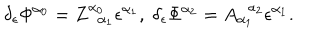
\delta _ { \epsilon } \Phi ^ { \alpha _ { 0 } } = Z _ { \; \; \alpha _ { 1 } } ^ { \alpha _ { 0 } } \epsilon ^ { \alpha _ { 1 } } , \; \delta _ { \epsilon } \Phi ^ { \alpha _ { 2 } } = A _ { \alpha _ { 1 } } ^ { \; \; \alpha _ { 2 } } \epsilon ^ { \alpha _ { 1 } } .